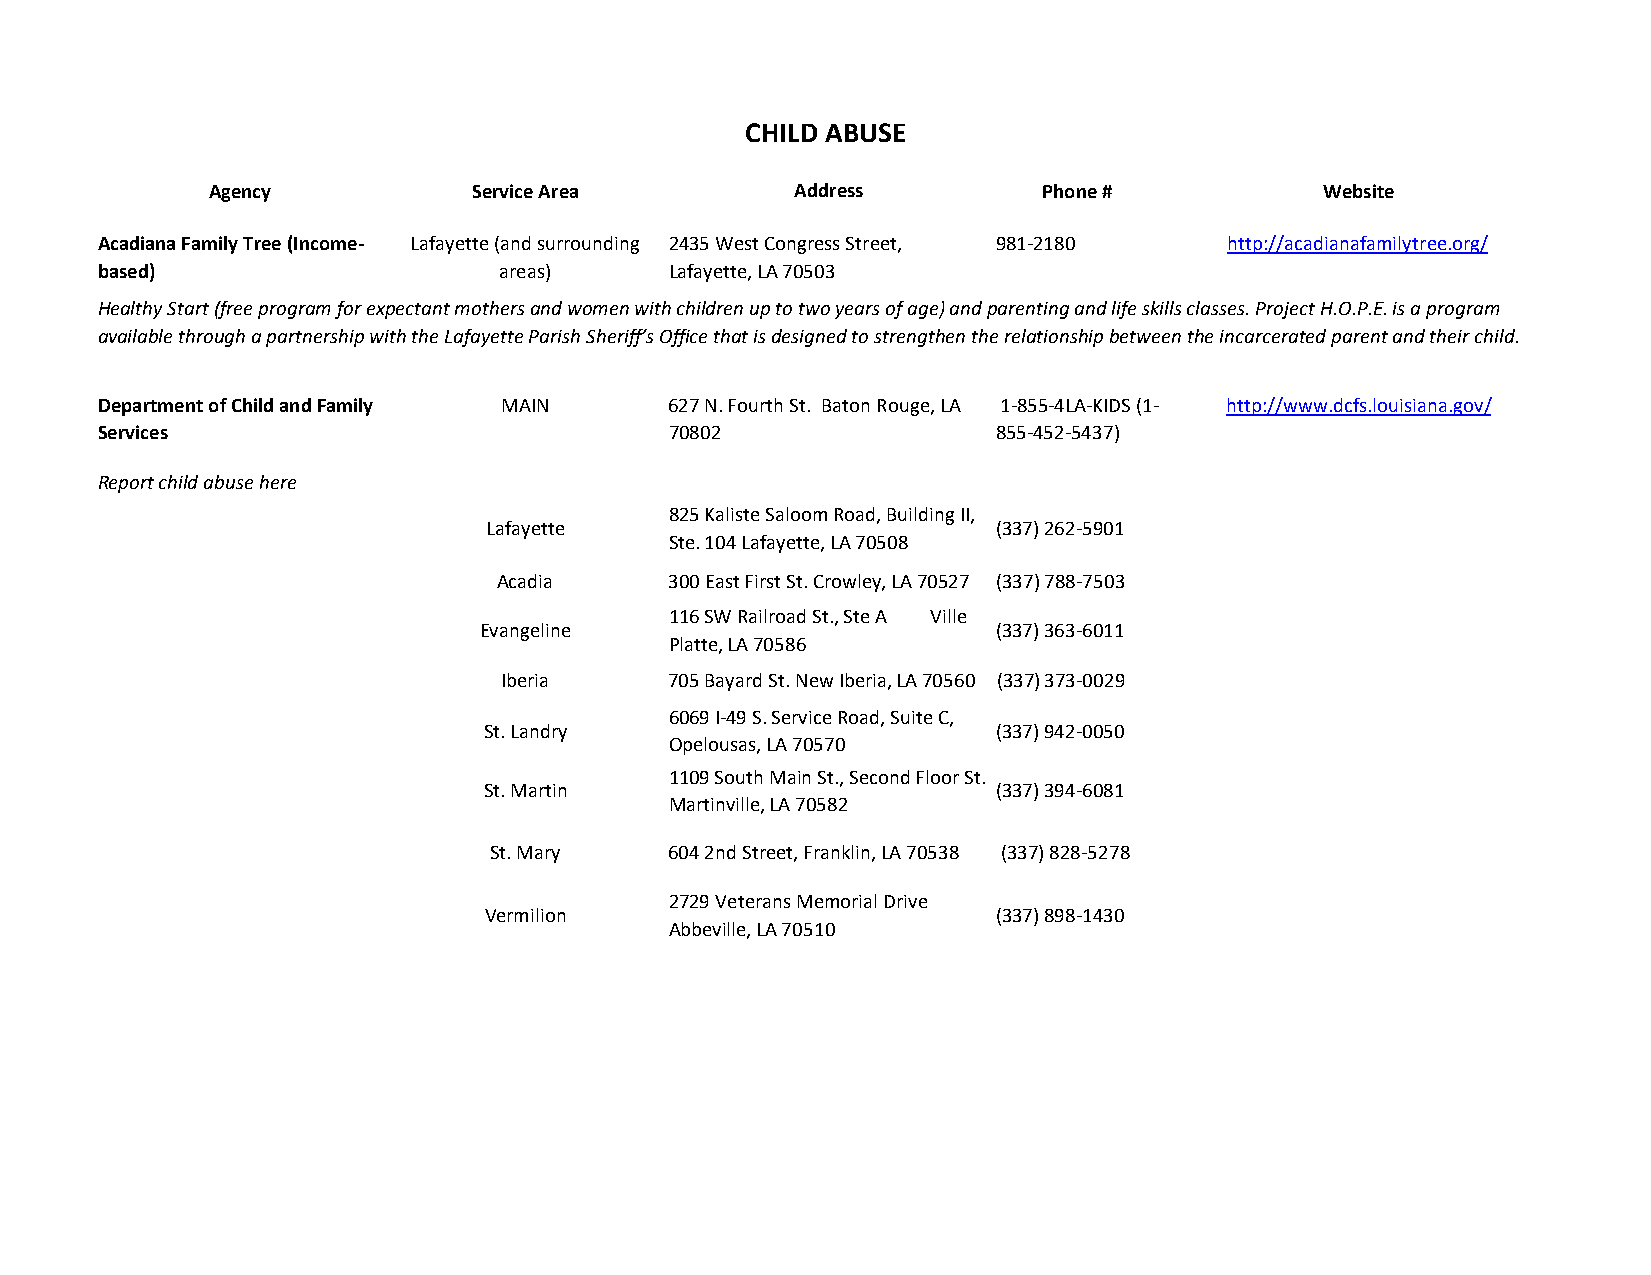
CHILD ABUSE
 Agency           Service Area          Address         Phone #            Website
 Acadiana Family Tree (Income- Lafayette (and surrounding 2435 West Congress Street, 981-2180 http://acadianafamilytree.org/
 based)                     areas)     Lafayette, LA 70503
 Healthy Start (free program for expectant mothers and women with children up to two years of age) and parenting and life skills classes. Project H.O.P.E. is a program
 available through a partnership with the Lafayette Parish Sheriff’s Office that is designed to strengthen the relationship between the incarcerated parent and their child.
 Department of Child and Family MAIN   627 N. Fourth St. Baton Rouge, LA 1-855-4LA-KIDS (1- http://www.dcfs.louisiana.gov/
 Services                              70802                 855-452-5437)
 Report child abuse here
 825 Kaliste Saloom Road, Building II,
 Lafayette                         (337) 262-5901
 Ste. 104 Lafayette, LA 70508
 Acadia     300 East First St. Crowley, LA 70527 (337) 788-7503
 116 SW Railroad St., Ste A Ville
 Evangeline                        (337) 363-6011
 Platte, LA 70586
 Iberia     705 Bayard St. New Iberia, LA 70560 (337) 373-0029
 6069 I-49 S. Service Road, Suite C,
 St. Landry                        (337) 942-0050
 Opelousas, LA 70570
 1109 South Main St., Second Floor St.
 St. Martin                        (337) 394-6081
 Martinville, LA 70582
 St. Mary    604 2nd Street, Franklin, LA 70538 (337) 828-5278
 2729 Veterans Memorial Drive
 Vermilion                         (337) 898-1430
 Abbeville, LA 70510